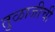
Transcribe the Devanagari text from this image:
तुळाजीची